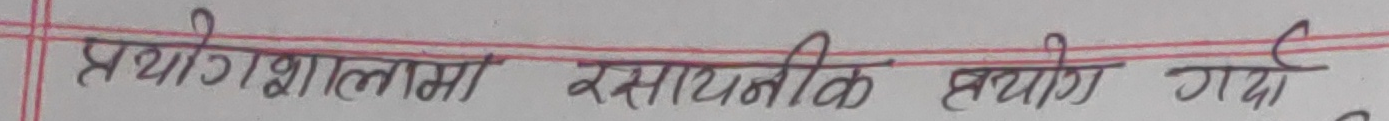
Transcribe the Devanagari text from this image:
प्रयोगशालामा रसायनिक प्रयोग गई